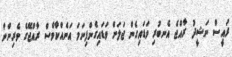
ރައީސް ނަޝީދު ރާއްޖެ އެނބުރި ވަޑައިގެން ޖަލަށް ވަޑައިގެންފިނަމަ އަނެއްކާވެސް ރާއްޖޭގެ ވެރިންނާ